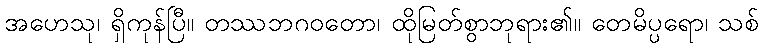
အဟေသု၊ ရှိကုန်ပြီ။ တဿဘဂဝတော၊ ထိုမြတ်စွာဘုရား၏။ တေမိပ္ပရော၊ သစ်